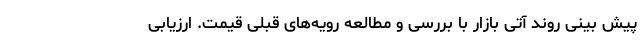
پیش بینی روند آتی بازار با بررسی و مطالعه رویه‌های قبلی قیمت. ارزیابی